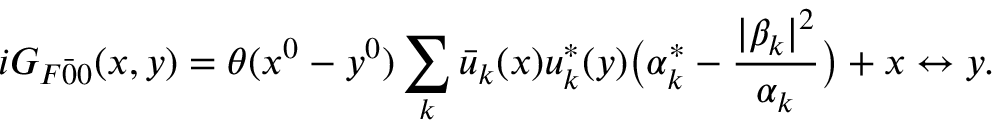
i G _ { F \bar { 0 } { 0 } } ( x , y ) = \theta ( x ^ { 0 } - y ^ { 0 } ) \sum _ { k } \bar { u } _ { k } ( x ) u _ { k } ^ { * } ( y ) \bigl ( \alpha _ { k } ^ { * } - \frac { | \beta _ { k } | ^ { 2 } } { \alpha _ { k } } \bigr ) + x \leftrightarrow y .